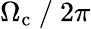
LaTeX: \Omega_{\mathrm{c}}~/~2\pi